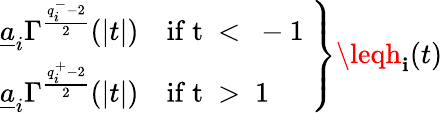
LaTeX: \left.\begin{array}{l}{\displaystyle\underline{{a}}_{i}\Gamma^{\frac{q_{i}^{-}-2}{2}}(|t|)\quad\mathrm{if~t~<~-1~}}\\ {\displaystyle\underline{{a}}_{i}\Gamma^{\frac{q_{i}^{+}-2}{2}}(|t|)\quad\mathrm{if~t~>~1~}}\end{array}\right\} \leqh_{\mathbf{i}}(t)